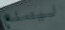
ليصنع